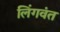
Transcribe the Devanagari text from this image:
लिंगवंत